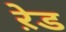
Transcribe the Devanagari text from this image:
ऱेड